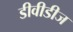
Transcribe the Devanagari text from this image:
डीवीडीज